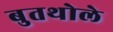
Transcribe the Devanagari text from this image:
बुतथोले